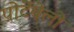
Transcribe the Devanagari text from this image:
पोर्टेबेलो